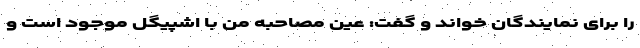
را برای نمایندگان خواند و گفت: عین مصاحبه من با اشپیگل موجود است و